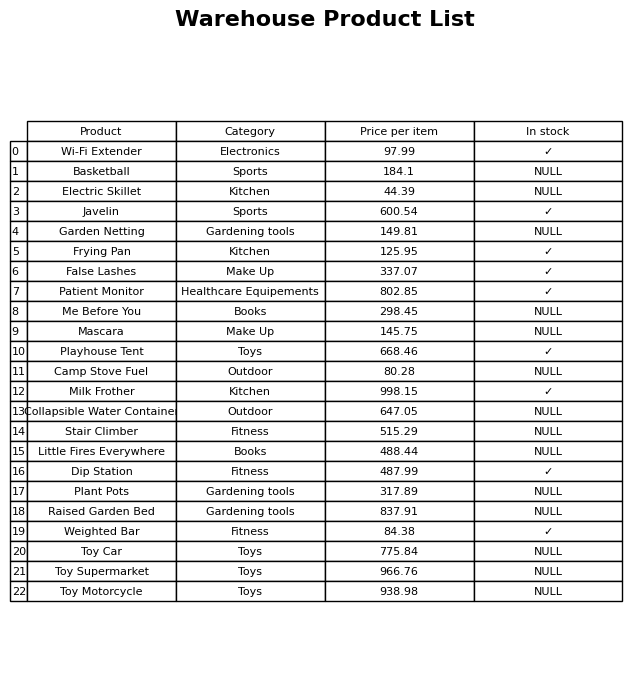
question: What is the price for Javelin?
answer: The price of Javelin is 600.54.